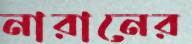
নারানের